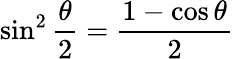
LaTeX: \sin^{2}{\frac{\theta}{2}}={\frac{1-\cos\theta}{2}}